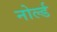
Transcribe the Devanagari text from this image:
नोर्ल्ड